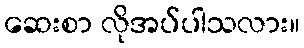
ဆေးစာ လိုအပ်ပါသလား။